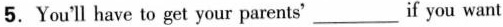
5.You'll have to get your parents' ___ if you want